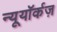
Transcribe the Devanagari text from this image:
न्यूयॉर्कज़